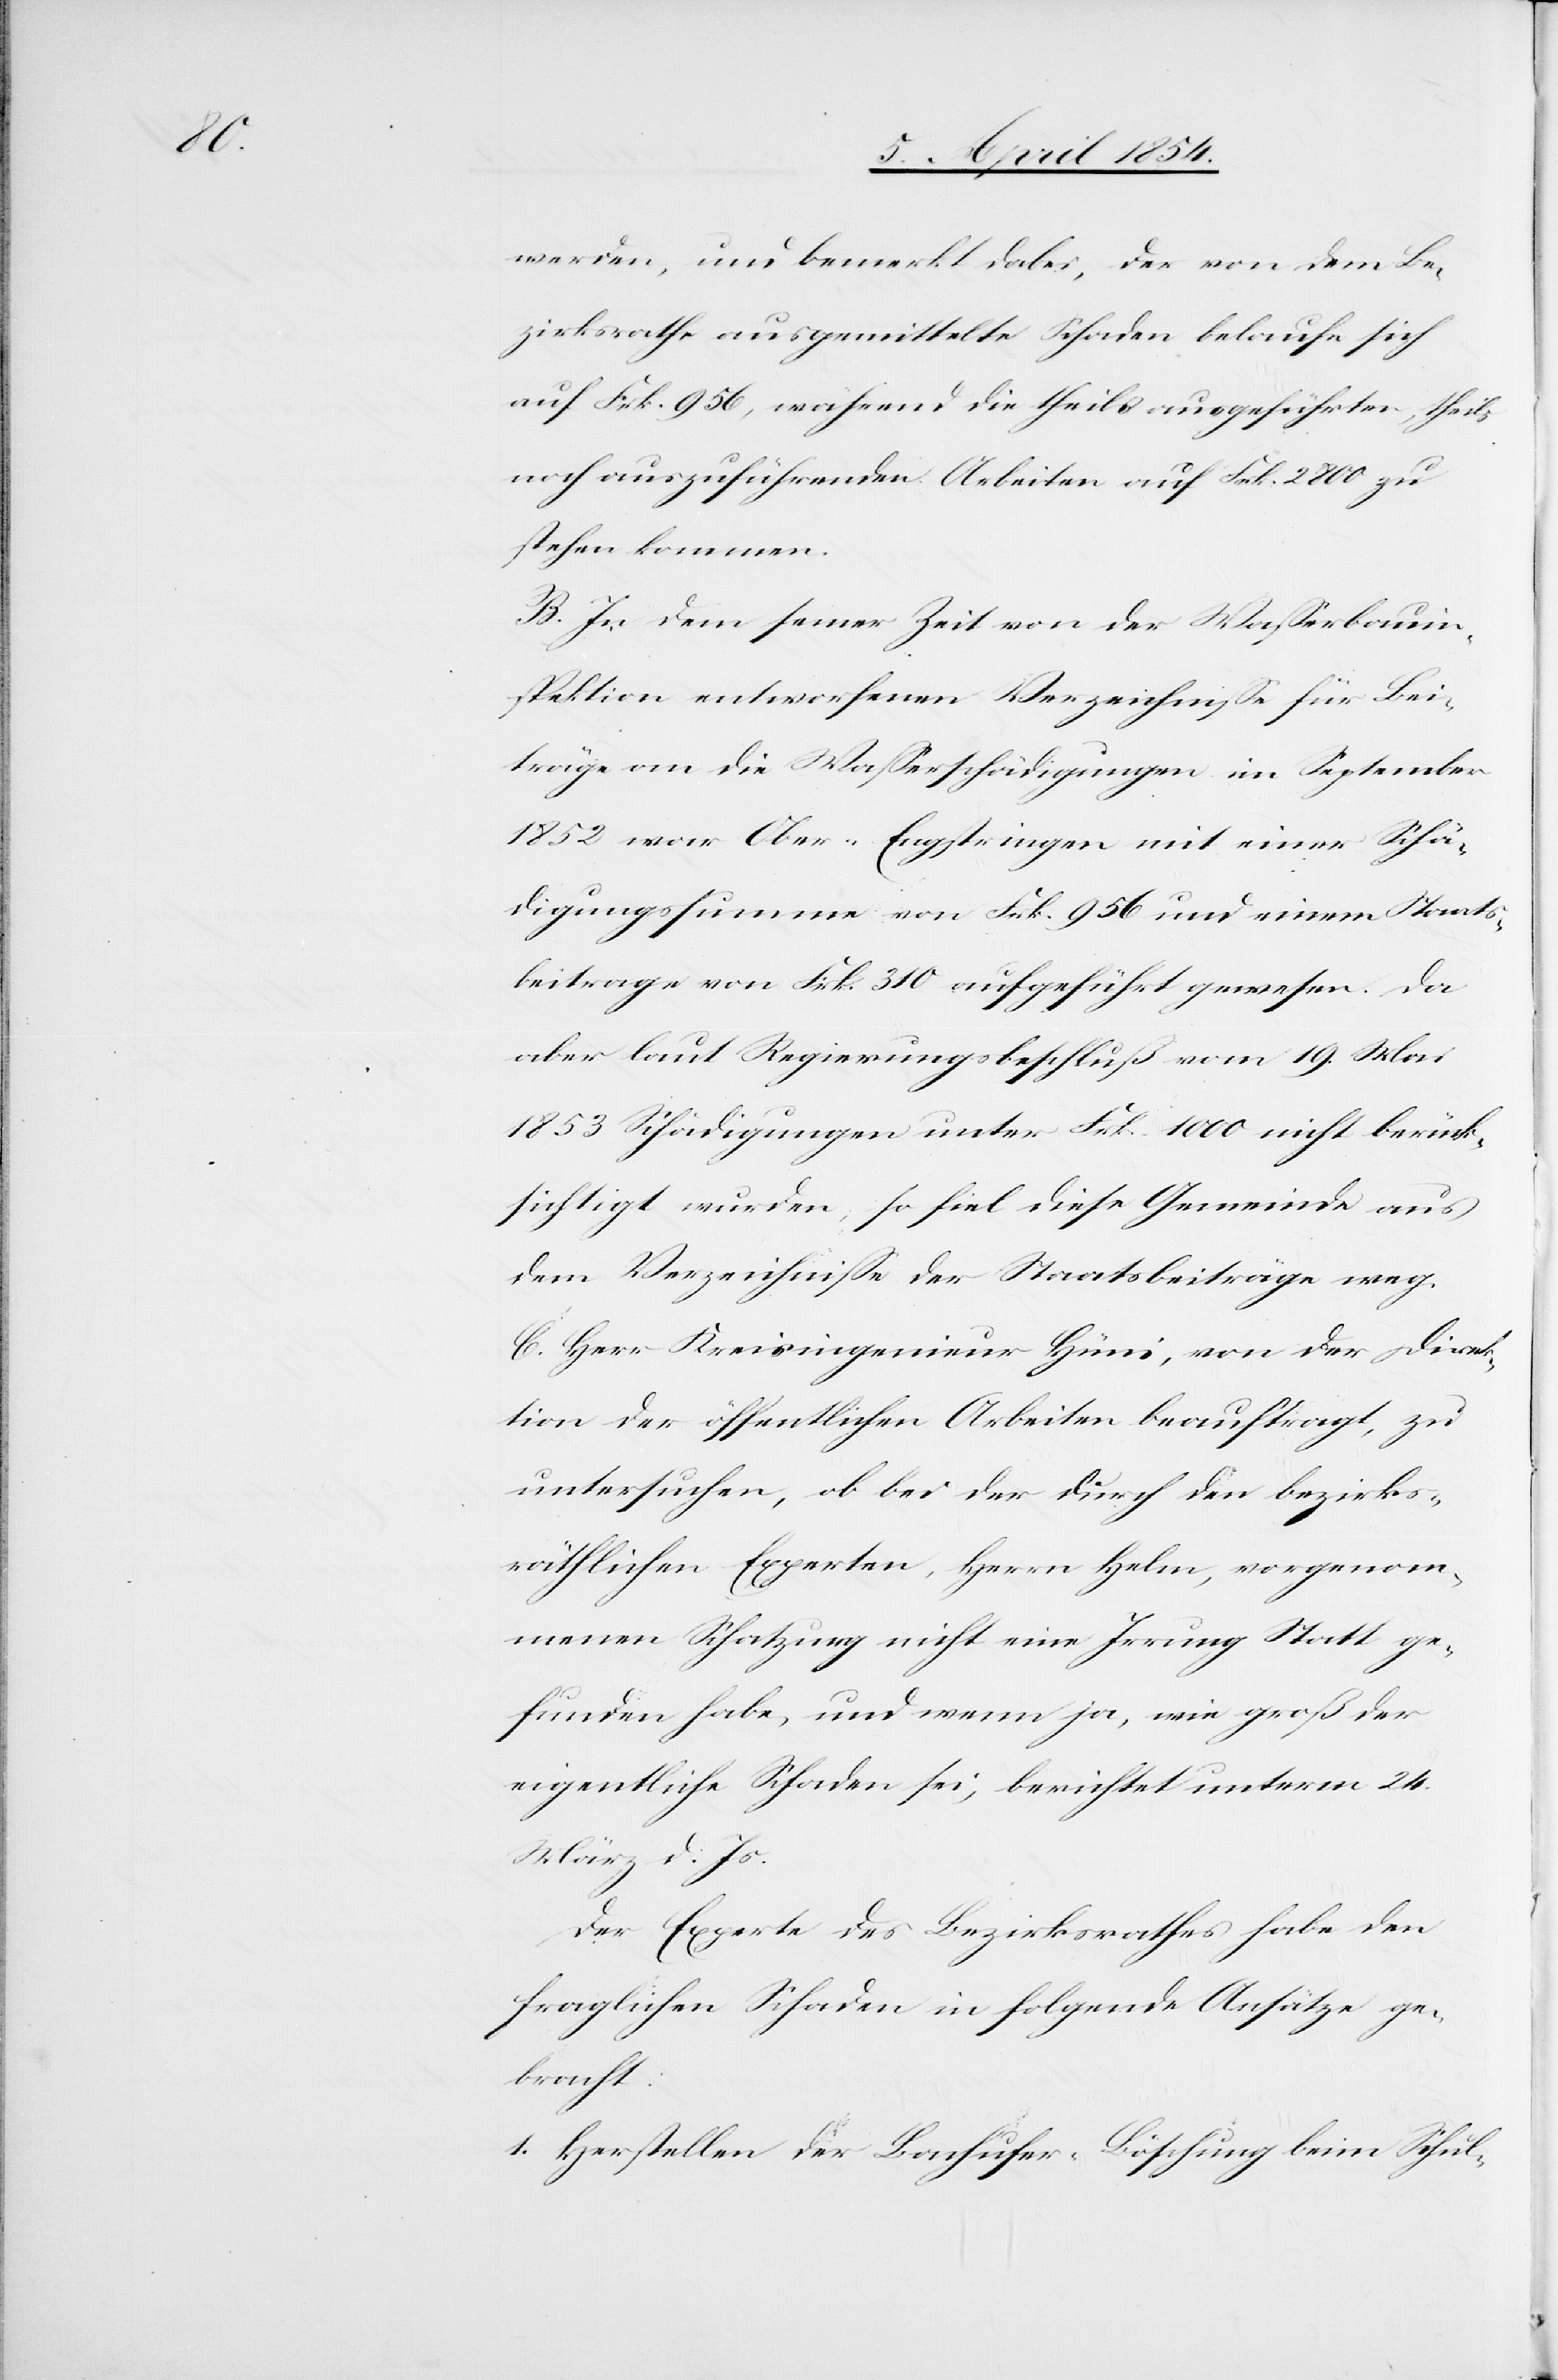
1.

werden, und bemerkt dabei, der von dem Be¬
zirksrathe ausgemittelte Schaden belaufe sich
auf Frk. 956, während die theils ausgeführten, theils
noch auszuführenden Arbeiten auf Frk. 2800 zu
stehen kommen.
B. In dem seiner Zeit von der Waßerbauin¬
spektion entworfenen Verzeichniße für Bei¬
träge an die Waßerschädigungen im September
1852 war Ober-Engstringen mit einer Schä¬
digungssumme von Frk. 956 und einem Staats¬
beitrage von Frk. 310 aufgeführt gewesen. Da
aber laut Regierungsbeschluß vom 19. Mai
1853 Schädigungen unter Frk. 1000 nicht berück¬
sichtigt wurden, so fiel diese Gemeinde aus
dem Verzeichniße der Staatsbeiträge weg.
C. Herr Kreisingenieur Hüni, von der Direk¬
tion der öffentlichen Arbeiten beauftragt, zu
untersuchen, ob bei der durch den bezirks¬
räthlichen Experten, Herrn Helm, vorgenom¬
menen Schatzung nicht eine Irrung Statt ge¬
funden habe, und wenn ja, wie groß der
eigentliche Schaden sei, berichtet unterm 24.
März d. Js.
Der Experte des Bezirksrathes habe den
fraglichen Schaden in folgende Ansätze ge¬
bracht:
Herstellen der Bachufer-Böschung beim Schul-